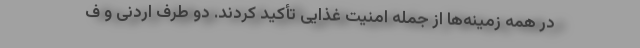
در همه زمینه‌ها از جمله امنیت غذایی تأکید کردند. دو طرف اردنی و ف